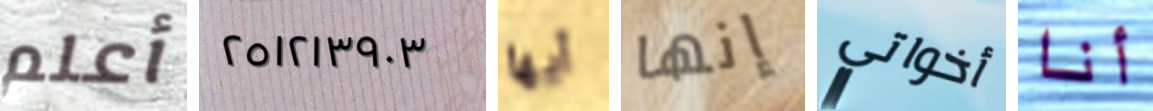
أعلم ٢٥١٢١٣٩٠٣ أيها إنها أخواتي أنا